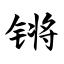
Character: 锵